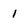
Character: 1